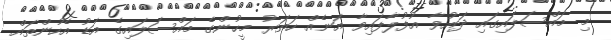
މި މައްސަލައިގައި ދައުވާ އުފުލާފައިވާ އަނެއް ހަތަރު މީހުންގެ މައްސަލައިގެ އަޑު އެހުންތައް